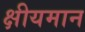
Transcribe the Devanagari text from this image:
क्षीयमान